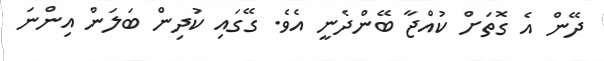
ދޭން އެ ގޮތަށް ކުއްޖާ ބޭންދެނީ އެވެ. ގޭގައި ކުދިން ބަލަން އިންނަ